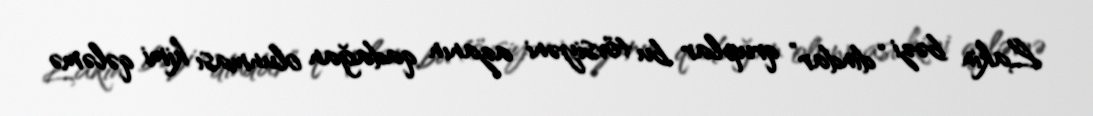
Lakin bəzi “dindar” qruplar bu tövsiyəni azanın qadağan olunması kimi qələmə